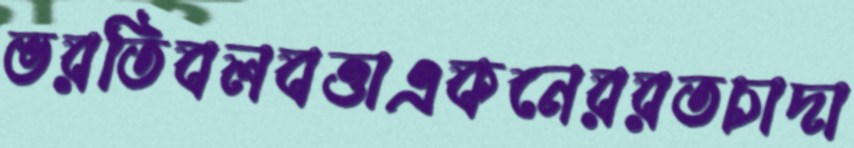
ভরতিবলবত্তাএকনেররতচাদা